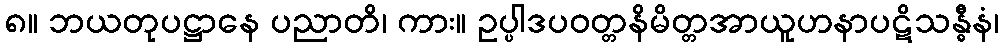
၈။ ဘယတုပဋ္ဌာနေ ပညာတိ၊ ကား။ ဥပ္ပါဒပဝတ္တနိမိတ္တအာယူဟနာပဋိသန္ဓီနံ၊